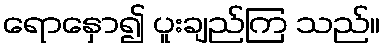
ရောနှော၍ ပူးချည်ကြ သည်။